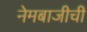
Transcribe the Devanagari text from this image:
नेमबाजीची